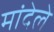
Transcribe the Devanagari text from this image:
मांदेले